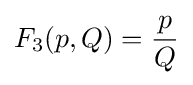
F_{3}(p,Q)={\frac {p}{Q}}